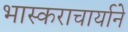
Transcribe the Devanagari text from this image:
भास्कराचार्याने